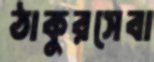
ঠাকুরসেবা